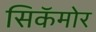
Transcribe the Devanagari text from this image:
सिकॅमोर